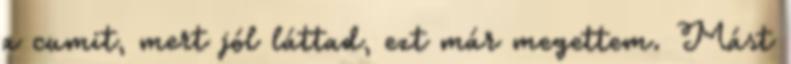
a cumit, mert jól láttad, ezt már megettem. Mást